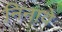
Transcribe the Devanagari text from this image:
निनावे